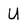
Character: U